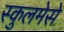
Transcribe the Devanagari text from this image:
स्कुलमेसे